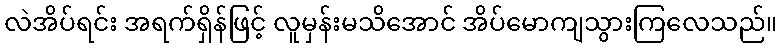
လဲအိပ်ရင်း အရက်ရှိန်ဖြင့် လူမှန်းမသိအောင် အိပ်မောကျသွားကြလေသည်။